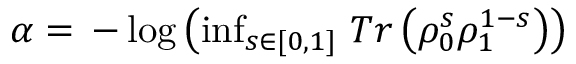
\begin{array} { r } { \alpha = \, - \log \left( \operatorname* { i n f } _ { s \in [ 0 , 1 ] } \, T r \left( \rho _ { 0 } ^ { s } \rho _ { 1 } ^ { 1 - s } \right) \right) } \end{array}